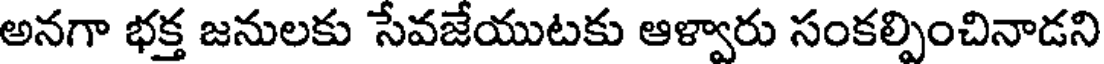
అనగా భక్త జనులకు సేవజేయుటకు ఆళ్వారు సంకల్పించినాడని